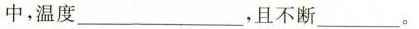
中，温度___，且不断___。